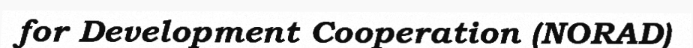
for Development Cooperation (NORAD)